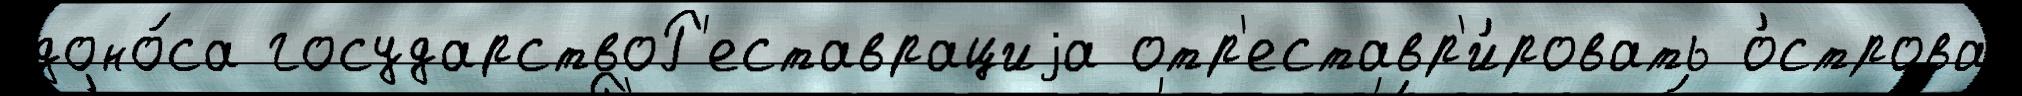
доно́са государствоР'еставрациjа отр'еставр'и́ровать о́строва